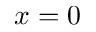
x = 0